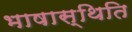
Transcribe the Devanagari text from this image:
भाषास्थिति